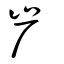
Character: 屵